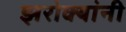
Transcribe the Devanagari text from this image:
झरोक्यांनी